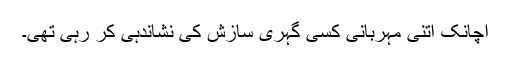
اچانک اتنی مہربانی کسی گہری سازش کی نشاندہی کر رہی تھی۔